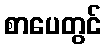
စာပေတွင်